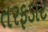
તરફડાટ